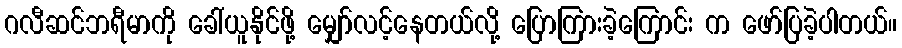
ဂလီဆင်ဘရီမာကို ခေါ်ယူနိုင်ဖို့ မျှော်လင့်နေတယ်လို့ ပြောကြားခဲ့ကြောင်း က ဖော်ပြခဲ့ပါတယ်။